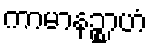
ကာမာနဉ္စာဟံ